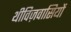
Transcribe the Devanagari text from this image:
थीविज़वासियों